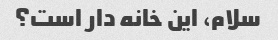
سلام، این خانه دار است؟